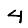
Digit: 4